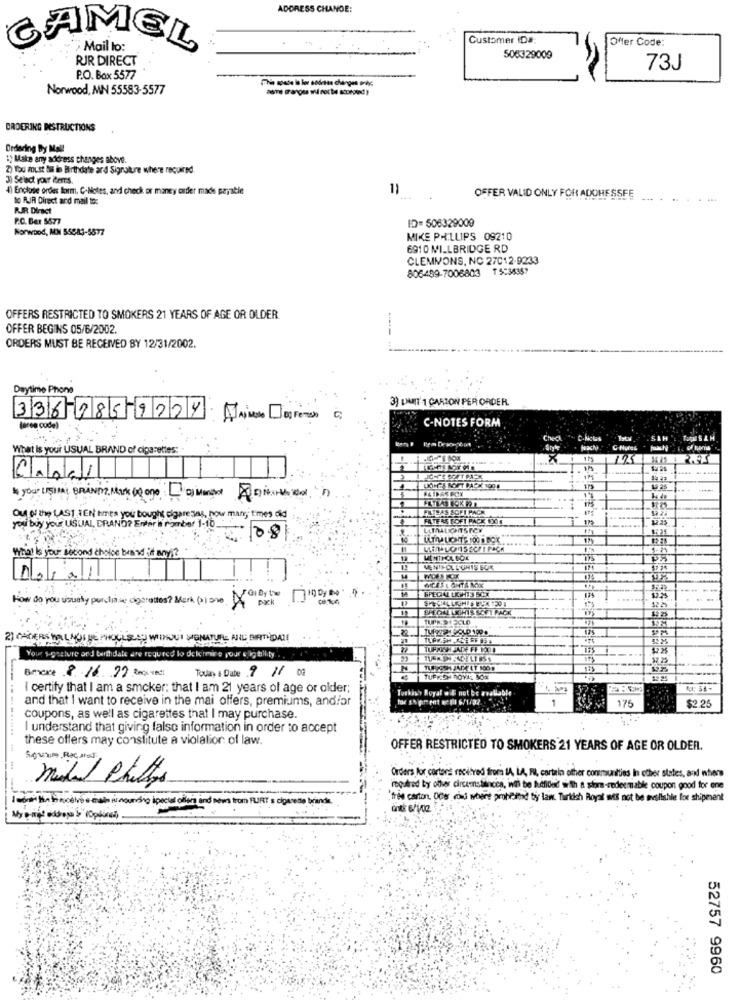
ADDRESS CHANDE:
Customer ID#
Offer Code:
CAMEL
> Mail to:
RJR DIRECT
506329009
73J
P.O. Box 5577
Norwood, MN 55583-5577
ORDERING DESTRUCTIONS
Ordering By Mall
1) Make any address changes above.
2) You must bis in Birthdate ard Signature where required.
3) Select your Cemrs.
4) Enclose ordes lorm, C-Notes, and check or maney order made payable
11
to RIR Direct and mail to:
OFFER VALID ONLY FOR ADOHESSFE
RIR Direct
P.C. Bar 5677
ID= 506329009
Norwood, MEN 55883-5877
MIKE PHILLIPS 09210
6910 MILLBRIDGE RD
CLEMMONS, NC 27012-9233
806489-7006803 T 5:34357
OFFERS RESTRICTED TO SMOKERS 21 YEARS OF AGE OR OLDER
OFFER BEGINS 05/6/2002.
ORDERS MUST BE RECEIVED BY 12/31/2002.
Daytime Phone
3) LIMIT' 1 CARTON PER ORDER.
336-985-9224
C-NOTES FORM
(area code)
Check
C.Niclas
SIH
What Is your USUAL BRAND of cigarettes:
C- Nules
Capel
& your LISTING BRAND, Mik o one DI Monitor And
14
PLUIEAS SOFI PACK
Out of the LAST TEN times you bought cigare Jas, how man, times did
FATE RS SOFI PACK 1001
you buy your USUAL, ERAND? Erar i romber 1-10 _:
82 21
08
Th
what Is your second choice brand it any ?
Doral
SPECIALLIGHTS SCX
How do you usualy purchase cigarettes? Merk (P) ane G) Dy L
pack
100, 00
FREGUL LIGHIS SOFI PACK
2) CACEROLA LAQUE MOULES INOLIVE
TURE ANL BIRITÉDATE
TUPAISHLADE FF POUR
Bevare 8.16.99 Reco. ved:
Toua + Date 9 11 01
12.25
I certify that I am a smoker: that I am 21 years of age or older;
Turkish Royal @ & not be arallable
-
and that I want to receive in the mai offers, premiums, and/or
1
175
$2.2
coupons, as well as cigarettes that I may purchase.
I understand that giving false information in order to accept
these offers may constitute a violation of law.
............... .
OFFER RESTRICTED TO SMOKERS 21 YEARS OF AGE OR OLDER.
Orders for cartons racitved from LA, LA, RI, cartain other communities In other states, and nten
midel Philips
required by other circumstancca, wil be hufilled with a storm-redeemable coupon good for ene
I wort Hin ti motivo e mais ninounsho special ollon and news from FURT s cigarede brand
"free carton, Oder cond where proheid tiy law. Turkish Royal mis not be teslishle for shipment
int: 6/1/02
My print achopp b (Optional).
52757 9960